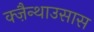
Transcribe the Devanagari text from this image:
क्ज़ैन्थाउसास